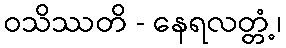
ဝသိဿတိ - နေရလတ္တံ့၊